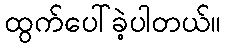
ထွက်ပေါ်ခဲ့ပါတယ်။